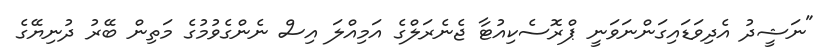
"ނަޝީދު އެދިވަޑައިގަންނަވަނީ ޕްރޮސެކިއުޓާ ޖެނެރަލްގެ އަމިއްލަ އިސް ނެންގެވުމުގެ މަތިން ބޭރު ދުނިޔޭގެ